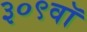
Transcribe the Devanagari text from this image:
३०९वॉ